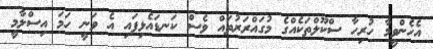
އެހެންވީމާ ހުރިހާ ސްކޫލްތަކެއްގެ މުގައްރަރުތައް ވެސް ކަނޑައެޅިފައި އެ ވަނީ ހަމަ އިސްލާމީ